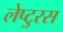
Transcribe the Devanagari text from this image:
लेप्टुरस